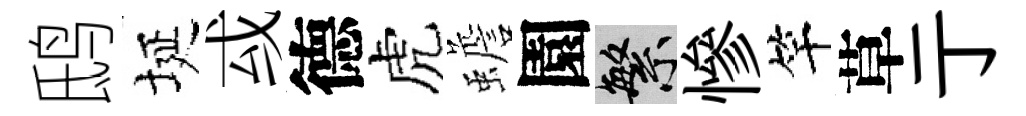
鸱埏㦯德虎蟾園繁慘竿草亍